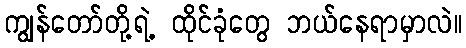
ကျွန်တော်တို့ရဲ့ ထိုင်ခုံတွေ ဘယ်နေရာမှာလဲ။